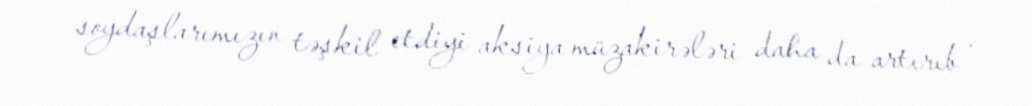
soydaşlarımızın təşkil etdiyi aksiya müzakirələri daha da artırıb .